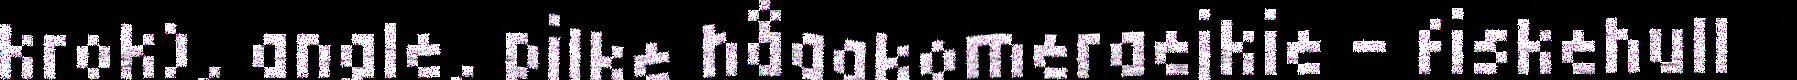
krok), angle, pilke håagkomeraejkie - fiskehull